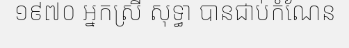
១៩៧០ អ្នកស្រី សុទ្ធា បានជាប់កំណែន